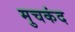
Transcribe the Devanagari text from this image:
मुचकंद